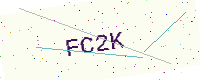
Text: FC2K